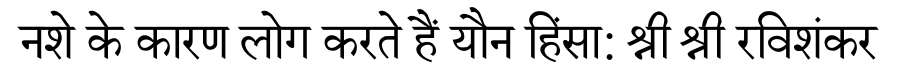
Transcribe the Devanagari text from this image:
नशे के कारण लोग करते हैं यौन हिंसा: श्री श्री रविशंकर